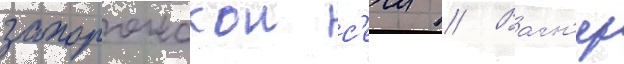
запорожскои с'ечи // Вагн'ер